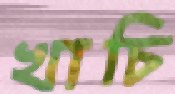
খাচি